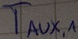
Text: TAUX,1